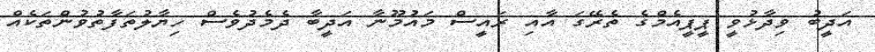
އަދީބު ވިދާޅުވީ ޕީޕީއެމްގެ ތެރޭގަ އާއި ރައީސް މައުމޫނާ އަދީބާ ދެމެދުވެސް ހިޔާލުތަފާތުވުންތަކެއް